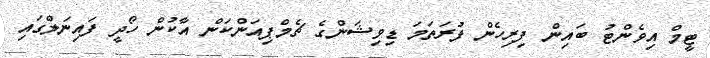
ޓީމް އިވެންޓު ބައިން ފިރިހެން ފުރަތަމަ ޑިވިޝަންގެ ޗެމްޕިއަންކަން އާކުން ހޯދީ ފައިނަލްގައި